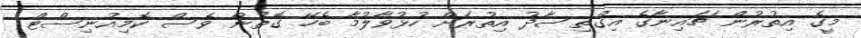
މީގެ އިތުރުން ޗައިނާގެ އިގްތިސާދު އިތުރަށް ހުޅުވާލުމާ ބެހޭ ގޮތުން ވެސް ކޮމިއުނިސްޓް